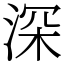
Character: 深